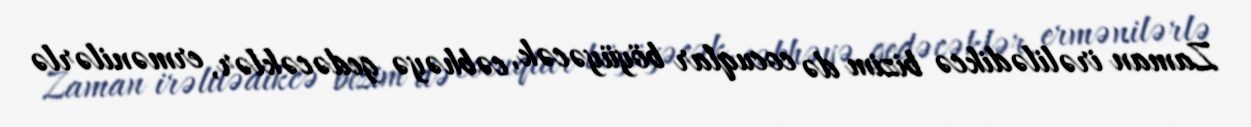
Zaman irəlilədikcə bizim də cocuqlar böyüyəcək, cəbhəyə gedəcəklər, ermənilərlə